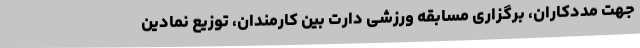
جهت مددکاران، برگزاری مسابقه ورزشی دارت بین کارمندان، توزیع نمادین